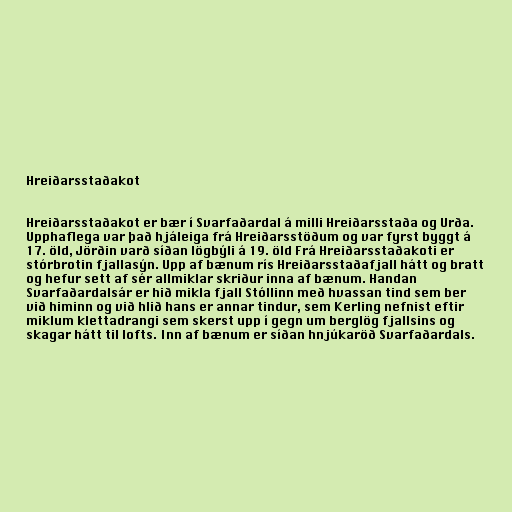
Hreiðarsstaðakot

Hreiðarsstaðakot er bær í Svarfaðardal á milli Hreiðarsstaða og Urða.
Upphaflega var það hjáleiga frá Hreiðarsstöðum og var fyrst byggt á
17. öld, Jörðin varð síðan lögbýli á 19. öld Frá Hreiðarsstaðakoti er
stórbrotin fjallasýn. Upp af bænum rís Hreiðarsstaðafjall hátt og bratt
og hefur sett af sér allmiklar skriður inna af bænum. Handan
Svarfaðardalsár er hið mikla fjall Stóllinn með hvassan tind sem ber
við himinn og við hlið hans er annar tindur, sem Kerling nefnist eftir
miklum klettadrangi sem skerst upp í gegn um berglög fjallsins og
skagar hátt til lofts. Inn af bænum er síðan hnjúkaröð Svarfaðardals.